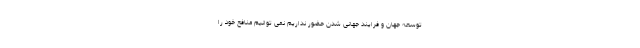
توسعه جهان و فرایند جهانی شدن حضور نداریم نمی توانیم منافع خود را